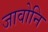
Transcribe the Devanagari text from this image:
जावोनि